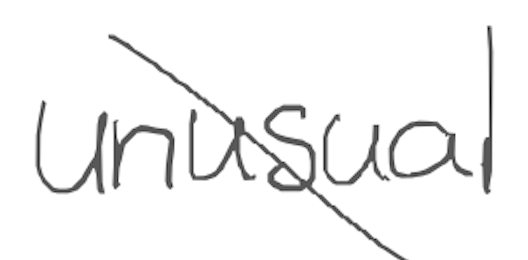
Text: unusual
Cross-out: diagonal
Writing tool: digital_gray